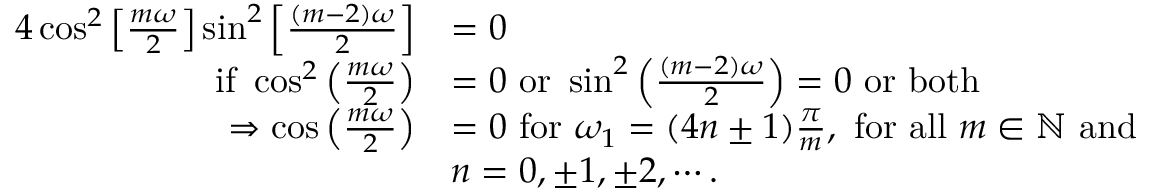
\begin{array} { r l } { 4 \cos ^ { 2 } \left[ \frac { m \omega } { 2 } \right] \sin ^ { 2 } \left[ \frac { ( m - 2 ) \omega } { 2 } \right] } & { = 0 } \\ { \mathrm { ~ i f ~ } \cos ^ { 2 } \left( \frac { m \omega } { 2 } \right) } & { = 0 \mathrm { ~ o r ~ } \sin ^ { 2 } \left( \frac { ( m - 2 ) \omega } { 2 } \right) = 0 \mathrm { ~ o r ~ b o t h ~ } } \\ { \Rightarrow \cos \left( \frac { m \omega } { 2 } \right) } & { = 0 \mathrm { ~ f o r ~ } \omega _ { 1 } = ( 4 n \pm 1 ) \frac { \pi } { m } , \mathrm { ~ f o r ~ a l l ~ } m \in \mathbb { N } \mathrm { ~ a n d ~ } } \\ & { n = 0 , \pm 1 , \pm 2 , \cdots . } \end{array}